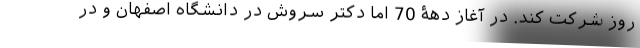
روز شرکت کند. در آغاز دهۀ 70 اما دکتر سروش در دانشگاه اصفهان و در